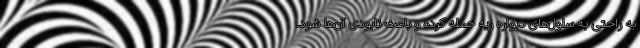
به راحتی به سلول‌های دیواره ریه حمله کرده و باعث نابودی آن‌ها شود.